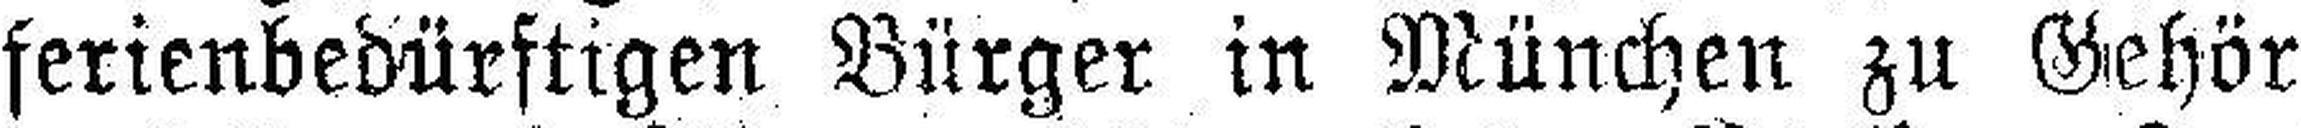
ferienbedürftigen Bürger in München zu Gehör